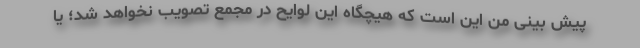
پیش بینی من این است که هیچگاه این لوایح در مجمع تصویب نخواهد شد؛ یا